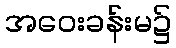
အဝေးခန်းမ၌